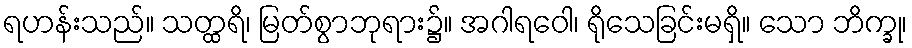
ရဟန်းသည်။ သတ္ထရိ၊ မြတ်စွာဘုရား၌။ အဂါရဝေါ၊ ရိုသေခြင်းမရှိ။ သော ဘိက္ခု၊